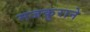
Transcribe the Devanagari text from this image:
मजकुराने